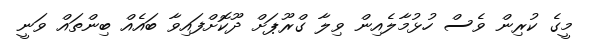
މީގެ ކުރިން ވެސް ހުޅުމާލެއިން ވިލާ ގްރޫޕަށް ދޫކޮށްފައިވާ ބައެއް ބިންތައް ވަނީ